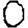
Digit: 0